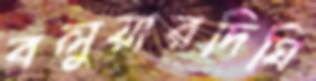
বলুয়ারদিঘি